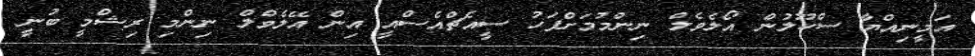
އަމީނިއްޔާ ސްކޫލުން އޯލެވެލް ނިންމުމަށްފަހު ސީއެޗްއެސްއީ އިން އޭލެވްލް ނިންމި ރިޝްމީ ބުނީ